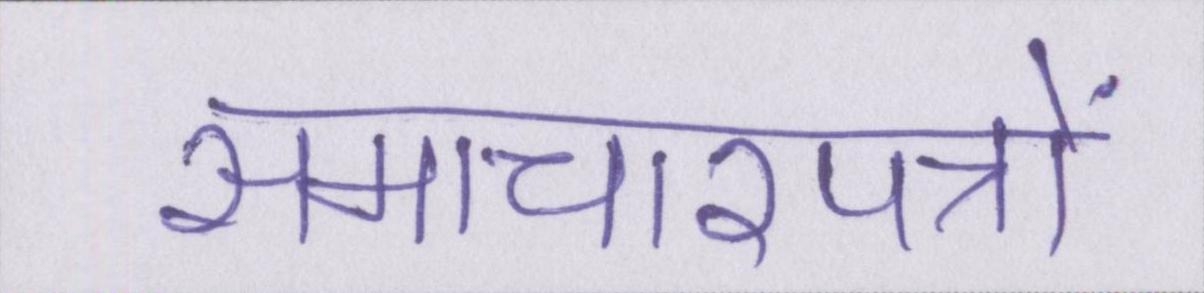
समाचारपत्रों